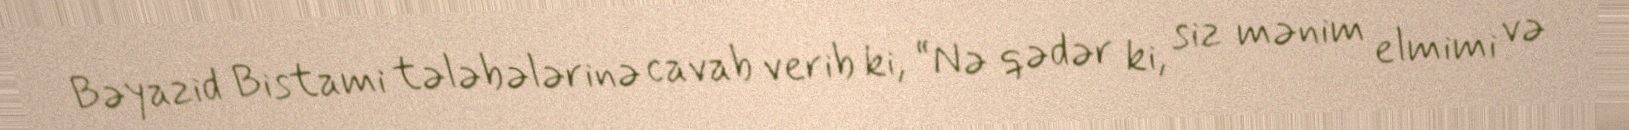
Bəyazid Bistami tələbələrinə cavab verib ki, “Nə qədər ki, siz mənim elmimi və